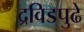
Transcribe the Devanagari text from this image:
द्रविडपुढे